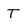
Character: T